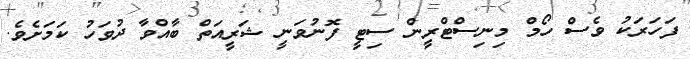
ފަހަރަކު ވެސް ހޯމް މިނިސްޓްރީން ސިޓީ ފޮނުވަނީ ޝަރީއަތް ބާއްވާ ދުވަހު ކަމަށެވެ.